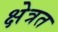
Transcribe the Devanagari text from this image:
क्षेत्रत